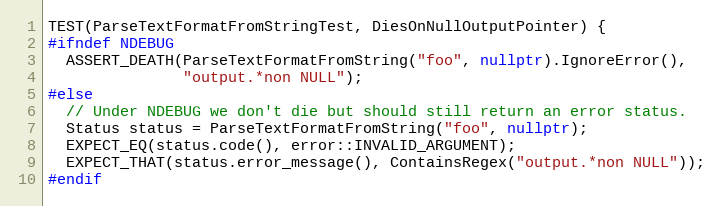
Language: C++
TEST(ParseTextFormatFromStringTest, DiesOnNullOutputPointer) {
#ifndef NDEBUG
  ASSERT_DEATH(ParseTextFormatFromString("foo", nullptr).IgnoreError(),
               "output.*non NULL");
#else
  // Under NDEBUG we don't die but should still return an error status.
  Status status = ParseTextFormatFromString("foo", nullptr);
  EXPECT_EQ(status.code(), error::INVALID_ARGUMENT);
  EXPECT_THAT(status.error_message(), ContainsRegex("output.*non NULL"));
#endif